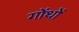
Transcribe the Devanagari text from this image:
गोंथों